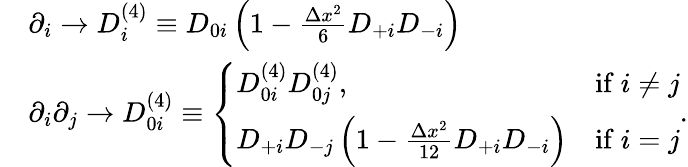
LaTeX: \begin{array}{rl}&{\partial_{i}\rightarrow D_{i}^{(4)}\equiv D_{0i}\left(1-\frac{\Delta x^{2}}{6}D_{+i}D_{-i}\right)}\\ &{\partial_{i}\partial_{j}\rightarrow D_{0i}^{(4)}\equiv\left\{ \begin{array}{ll}{D_{0i}^{(4)}D_{0j}^{(4)},}&{\mathrm{if~}i\neq j}\\ {D_{+i}D_{-j}\left(1-\frac{\Delta x^{2}}{12}D_{+i}D_{-i}\right)}&{\mathrm{if~}i=j}\end{array}\right..}\end{array}